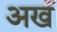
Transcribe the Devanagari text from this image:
अख